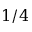
1 / 4